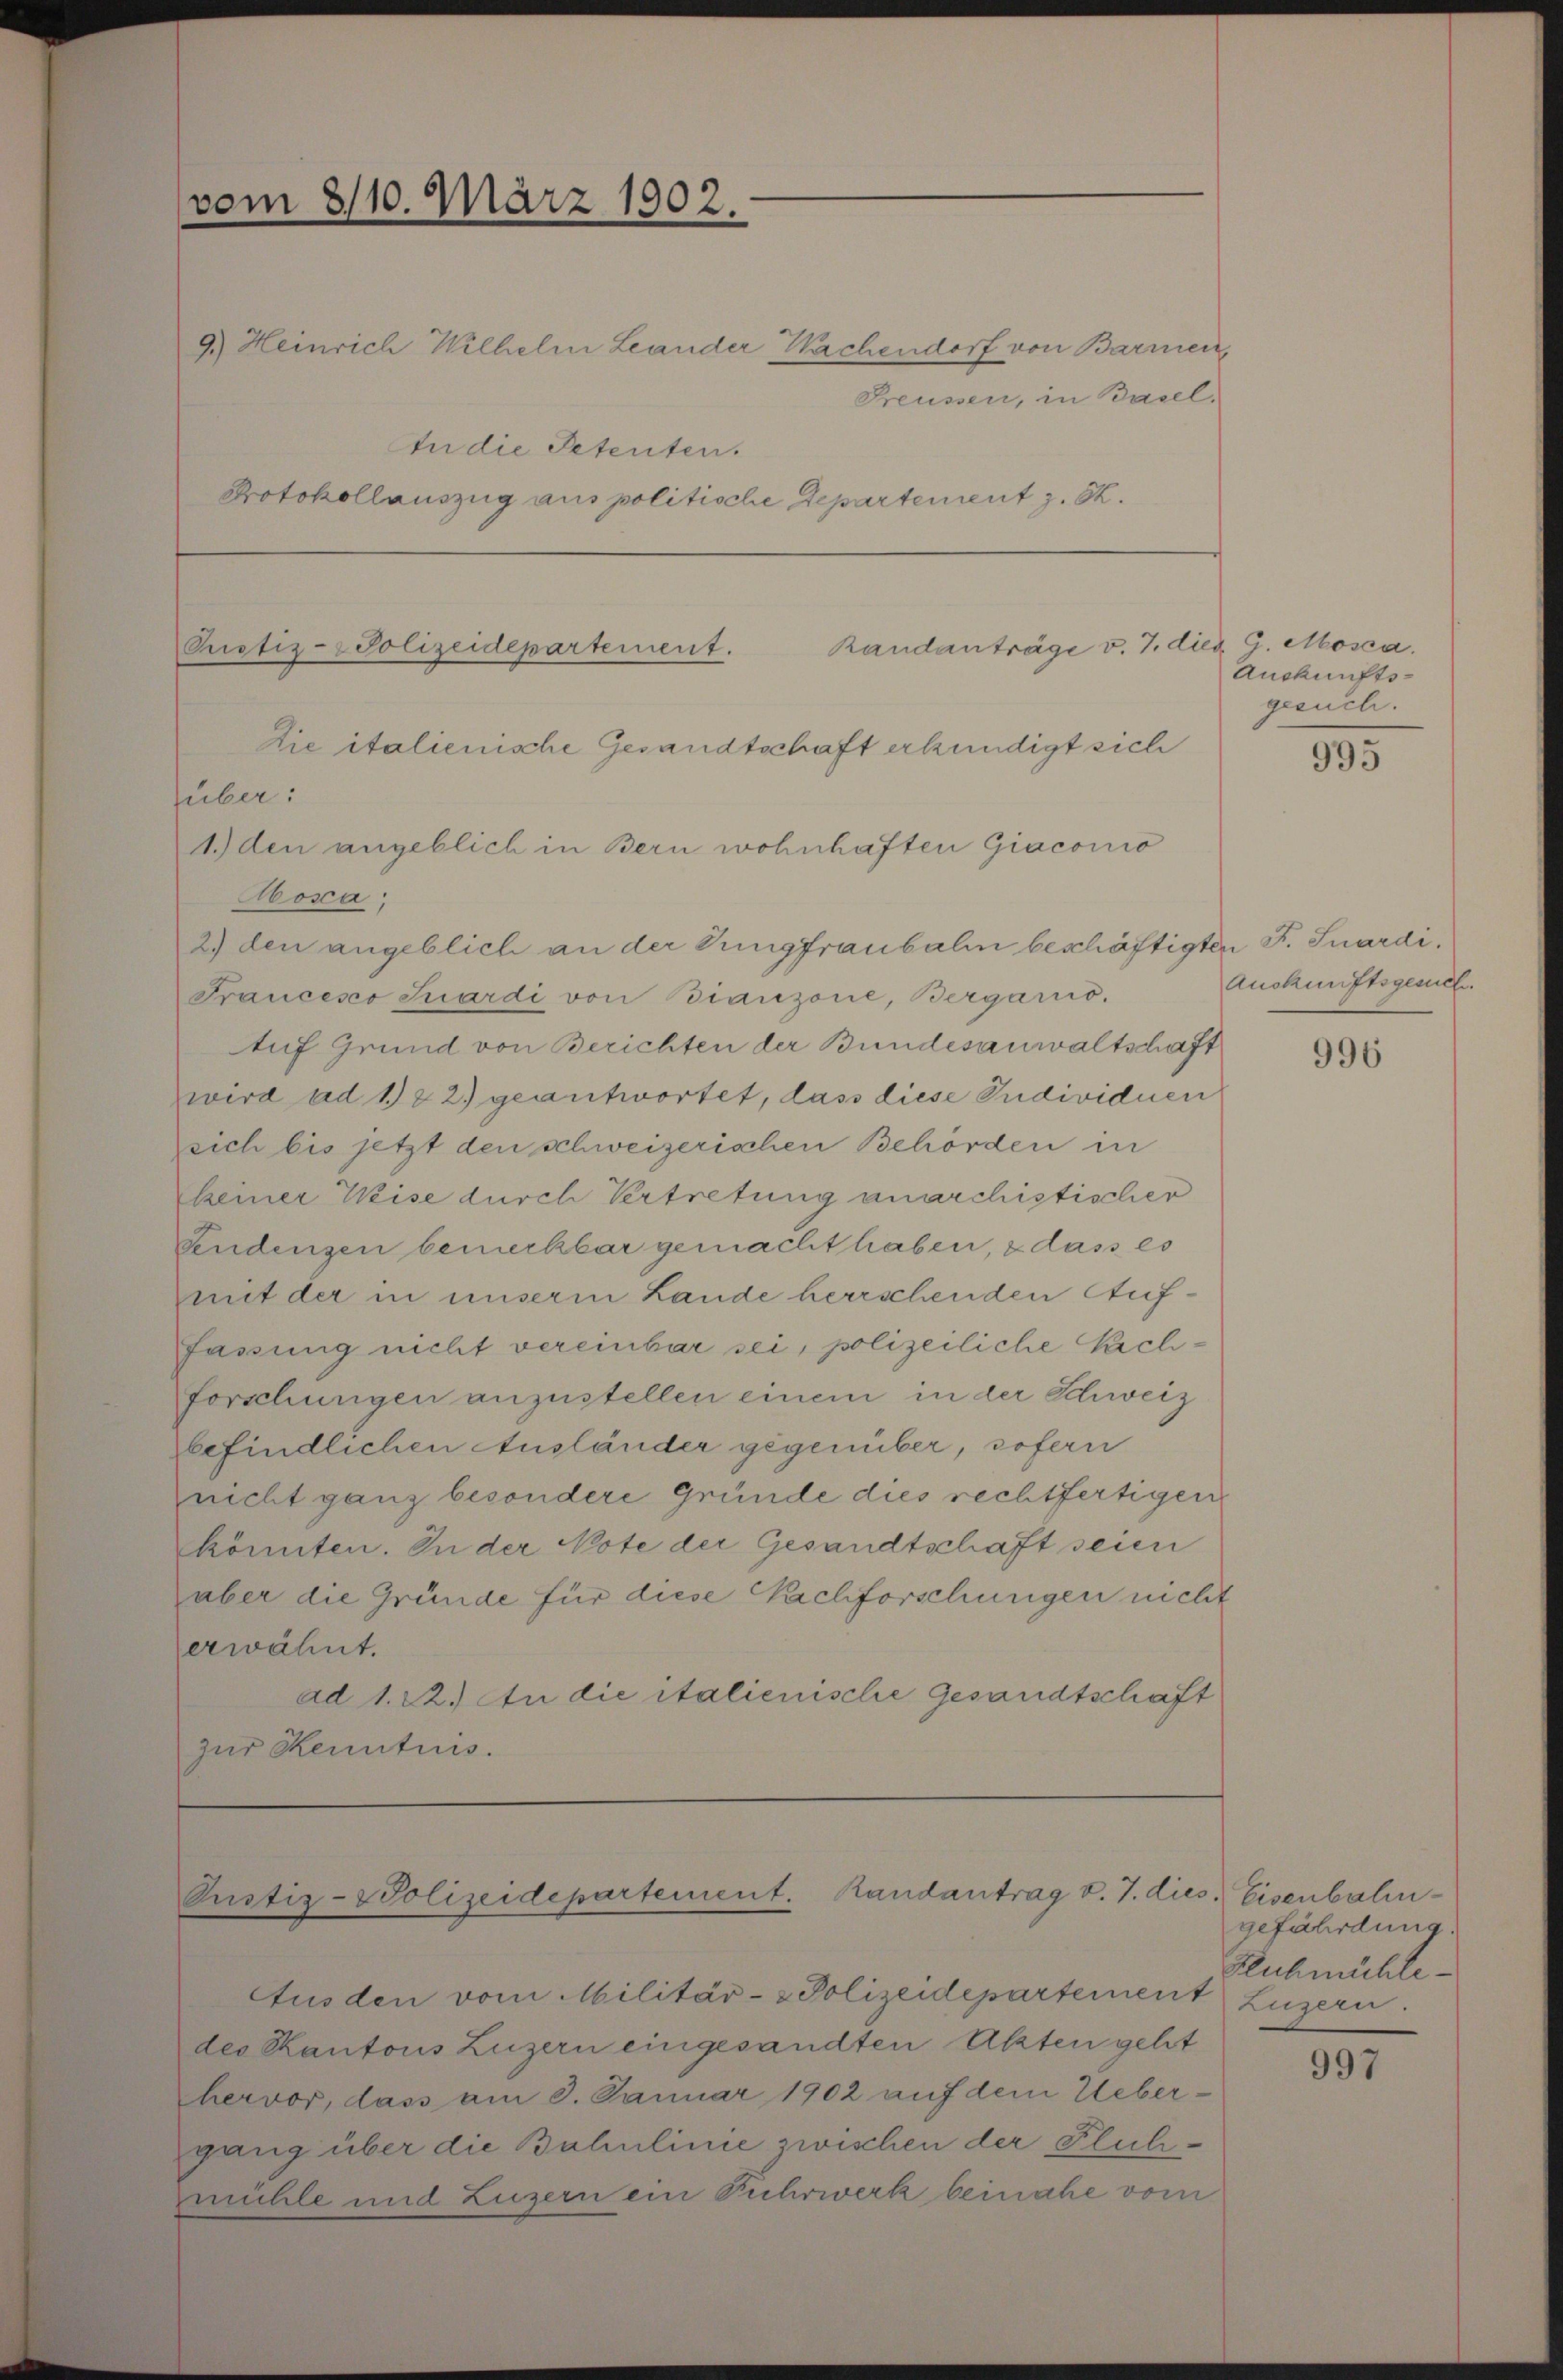
vom 8/10. März 1902.

9.) Heinrich Wilhelm Leander Wachendorf von Barmen,
Freussen, in Basel.
In die Petenten.
Protokollauszug aus politische Departement z. S.

Randanträge v. 7. dies G. Mosca.
Pustiz- & Polizeidepartement.
die italienische Gesandtschaft erkundigt sich

Pustiz-Polizeidepartement. Randantrag v. 7. dies. Eisenbahn-

süber:
1.) den angeblich in Bern wohnhaften Giaconio
Aosa.
2) den angeblich an der Jungfraubalin beschäftigten F. Suardi¬
Francesco Suardi von Bianzone, Bergario.
Auf Grund von Berichten der Bundesanwaltschaft
wird ad 122) geantwortet, dass diese Individuen
zsich bis jetzt den schweizerischen Behörden in
keiner Weise durch Vertretung anarchistischer
bendenzen bemerkbar gemacht haben, & dass es
mit der in unserm Lande herrschenden Auffassung nicht vereinbar sei, polizeiliche Nachforschungen anzustellen einem in der Schweiz
befindlichen Ausländer gegenüber, sofern
nicht ganz besondere Gründe dies rechtfertigen
könnten. In der Note der Gesandtschaft seien
aber die Gründe für diese Nachforschungen nicht
erwähnt.
ad 1. 22.) An die italienische Gesandtschaft
zur Kenntnis.

Ausden vom Militär- & Polizeidepartement Luzern
des Kantons Luzern eingesandten Akten geht
hervor, dass am 3. Januar 1902 auf dem Uebergang über die Bahnlinie zwischen der Fluchmühle und Luzern ein Fuhrwerk beinahe vom

Auskunfts-
gesuch.

995

Auskunftsgesuch.

996

gefährdung
Fluhmühle

997